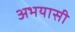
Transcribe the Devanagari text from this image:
अभयासी